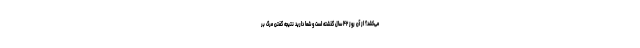
می‌کشد؟ از آن روز ۴۲ سال گذشته است و شما دارید نتیجه گفتن مرگ بر